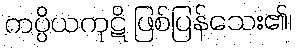
ကပ္ပိယကုဋိ ဖြစ်ပြန်သေး၏၊